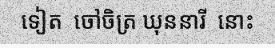
ទៀត  ចៅចិត្រ ឃុននារី  នោះ